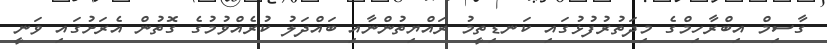
ގާސިމް އިބްރާހިމްގެ މިދަތުރުފުޅުގައި ކަނޑިތީމު ރައްޔިތުންނާއި ބައްދަލު ކުރެއްވުމުގެ ގޮތުން އެރަށުގައި ވަނީ